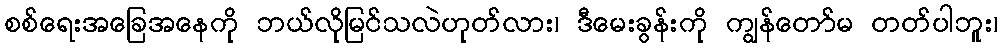
စစ်ရေးအခြေအနေကို ဘယ်လိုမြင်သလဲဟုတ်လား၊ ဒီမေးခွန်းကို ကျွန်တော်မ တတ်ပါဘူး၊